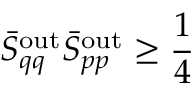
\bar { S } _ { q q } ^ { \mathrm { o u t } } \bar { S } _ { p p } ^ { \mathrm { o u t } } \geq \frac { 1 } { 4 }